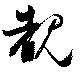
覩